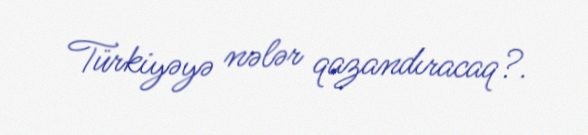
Türkiyəyə nələr qazandıracaq?.